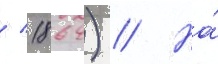
/ 1864) // На́